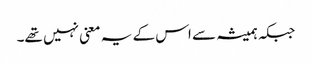
جبکہ ہمیشہ سے اس کے یہ معنی نہیں تھے۔